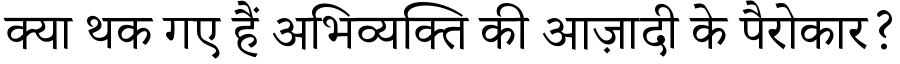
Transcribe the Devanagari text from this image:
क्या थक गए हैं अभिव्यक्ति की आज़ादी के पैरोकार?